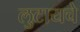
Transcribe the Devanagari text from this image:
लुटायचे